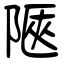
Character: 陿